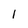
Character: 1